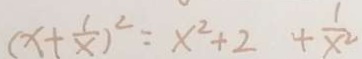
( x + \frac { 1 } { x } ) ^ { 2 } = x ^ { 2 } + 2 + \frac { 1 } { x ^ { 2 } }